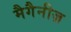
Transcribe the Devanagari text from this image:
मैगैनीज़